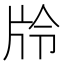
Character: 𭷊